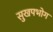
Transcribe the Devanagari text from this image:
सुखपभोग